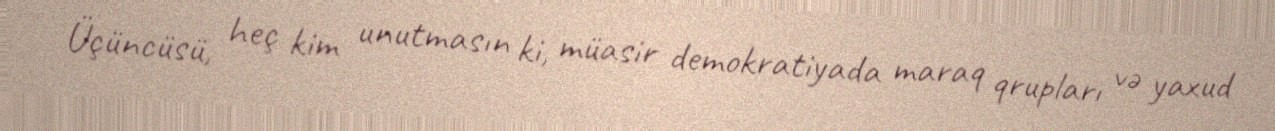
Üçüncüsü, heç kim unutmasın ki, müasir demokratiyada maraq qrupları və yaxud